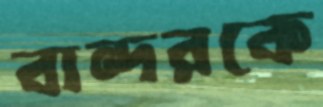
বান্দরকে